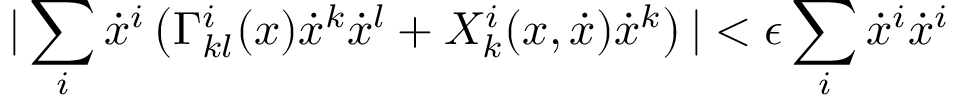
| \sum _ { i } \dot { x } ^ { i } \left( \Gamma _ { k l } ^ { i } ( x ) \dot { x } ^ { k } \dot { x } ^ { l } + X _ { k } ^ { i } ( x , \dot { x } ) \dot { x } ^ { k } \right) | < \epsilon \sum _ { i } \dot { x } ^ { i } \dot { x } ^ { i }